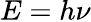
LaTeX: E=h\nu